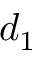
d _ { 1 }